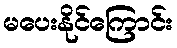
မပေးနိုင်ကြောင်း